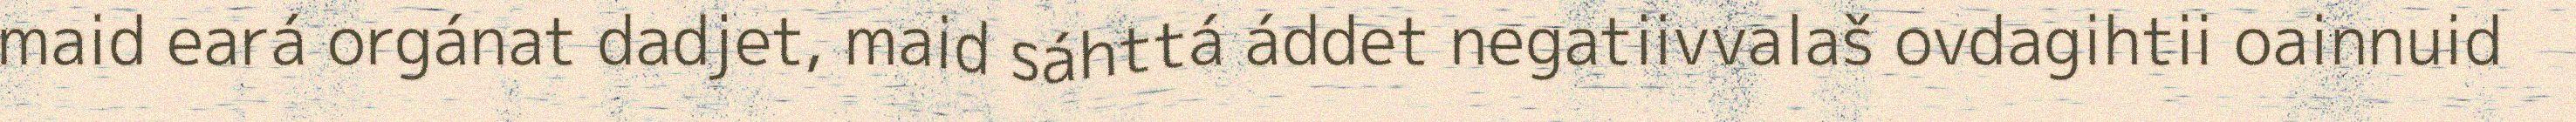
maid eará orgánat dadjet, maid sáhttá áddet negatiivvalaš ovdagihtii oainnuid